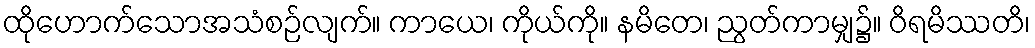
ထိုဟောက်သောအသံစဉ်လျက်။ ကာယေ၊ ကိုယ်ကို။ နမိတေ၊ ညွတ်ကာမျှ၌။ ဝိရမိဿတိ၊